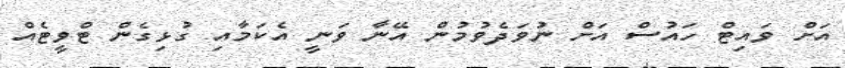
އަށް ވައިޓް ހައުސް އަށް ނުވަދެވުމުން އޭނާ ވަނީ އެކަމާއި ގުޅިގެން ޓްވީޓެއް